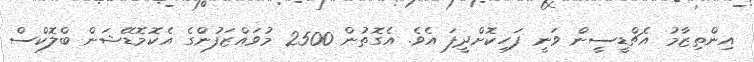
އިންތިޒާމު އެޗްޑީސީން ވަނީ ފަހިކޮށްދީފަ އެވެ. އެގޮތުން 2500 މުވައްޒަފުންގެ އެކޮމޮޑޭޝަން ބްލޮކްސް